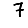
Digit: 7